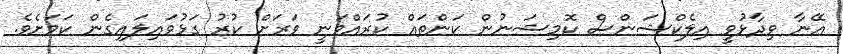
އޭނާ ވިދާޅުވީ އިލެކްޝަންސް ކޮމިޝަނުން ކަންތައް ކުރައްވަނީ ވަރަށް ކުރު ގަޅުވައިލައިގެން ކަމަށެވެ.